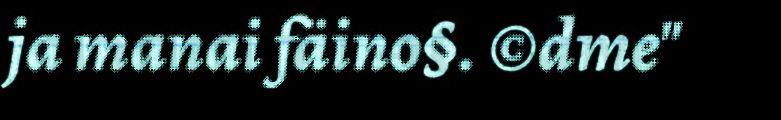
ja manai fäino§. ©dme"